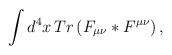
LaTeX: \begin{align*}\int d^{4}x\,Tr\left( F_{\mu\nu}\ast F^{\mu\nu}\right) ,\end{align*}